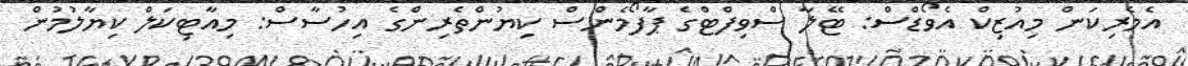
އެމެރިކަން މިއުޒިކް އެވޯޑްސް: ޓޭލާ ސްވިފްޓްގެ ޕާފޯމެންސް ކިޔުންތެރިންގެ އިހުސާސް: މިއާޓިކަލް ކިޔާލުމުން